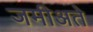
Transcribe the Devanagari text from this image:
जमीअते